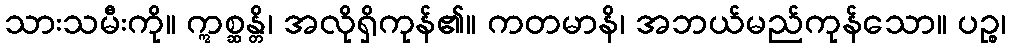
သားသမီးကို။ ဣစ္ဆန္တိ၊ အလိုရှိကုန်၏။ ကတမာနိ၊ အဘယ်မည်ကုန်သော။ ပဉ္စ၊